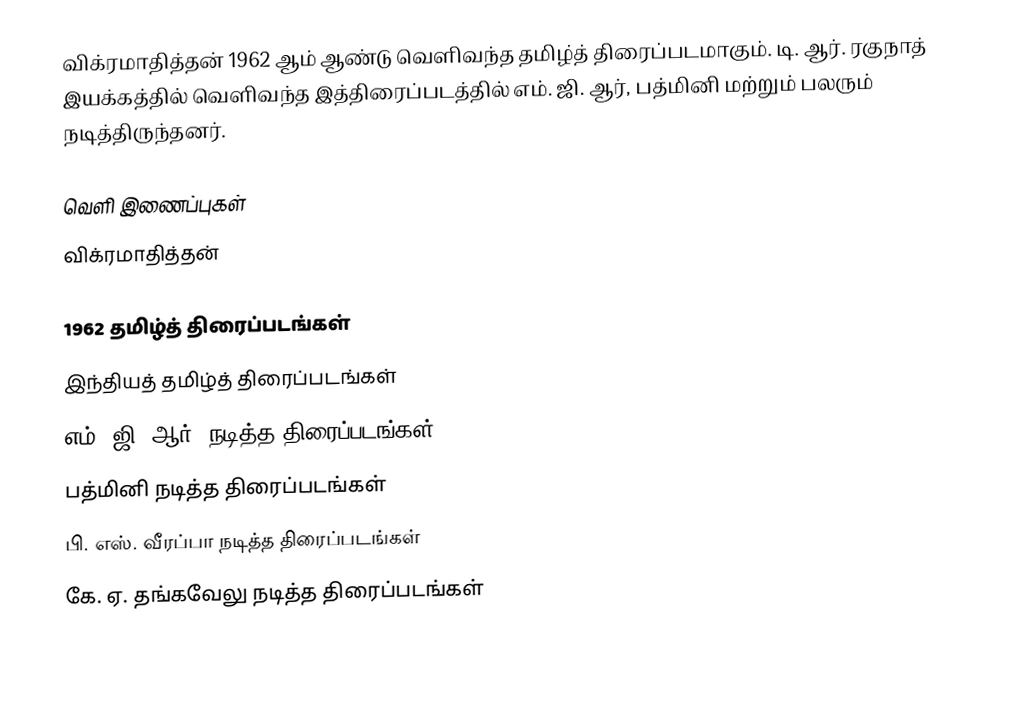
விக்ரமாதித்தன் 1962 ஆம் ஆண்டு வெளிவந்த தமிழ்த் திரைப்படமாகும். டி. ஆர். ரகுநாத் இயக்கத்தில் வெளிவந்த இத்திரைப்படத்தில் எம். ஜி. ஆர், பத்மினி மற்றும் பலரும் நடித்திருந்தனர்.

வெளி இணைப்புகள்
 விக்ரமாதித்தன்

1962 தமிழ்த் திரைப்படங்கள்
இந்தியத் தமிழ்த் திரைப்படங்கள்
எம். ஜி. ஆர். நடித்த திரைப்படங்கள்
பத்மினி நடித்த திரைப்படங்கள்
பி. எஸ். வீரப்பா நடித்த திரைப்படங்கள்
கே. ஏ. தங்கவேலு நடித்த திரைப்படங்கள்